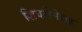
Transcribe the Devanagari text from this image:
शिवसेनेसह